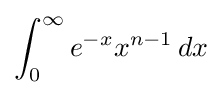
\int _{0}^{\infty }e^{-x}x^{n-1}\,dx